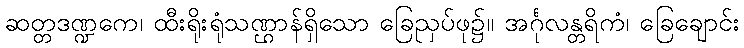
ဆတ္တဒဏ္ဍကေ၊ ထီးရိုးရုံသဏ္ဌာန်ရှိသော ခြေညှပ်ဖု၌။ အင်္ဂုလန္တရိကံ၊ ခြေချောင်း